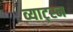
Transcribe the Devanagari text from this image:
व्याट्स्न